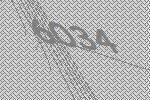
6034